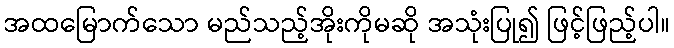
အထမြောက်သော မည်သည့်အိုးကိုမဆို အသုံးပြု၍ ဖြင့်ဖြည့်ပါ။